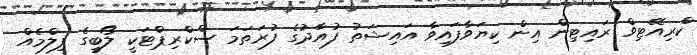
ކްރިއޭޓިވް ރައިޓިން އިން ކިޔަވާފައިވާ އައިޝަތު ފުއާދުގެ ފުރަތަމަ ސްކްރިޕްޓަކީ ލޯބީގެ ފިލްމެއް